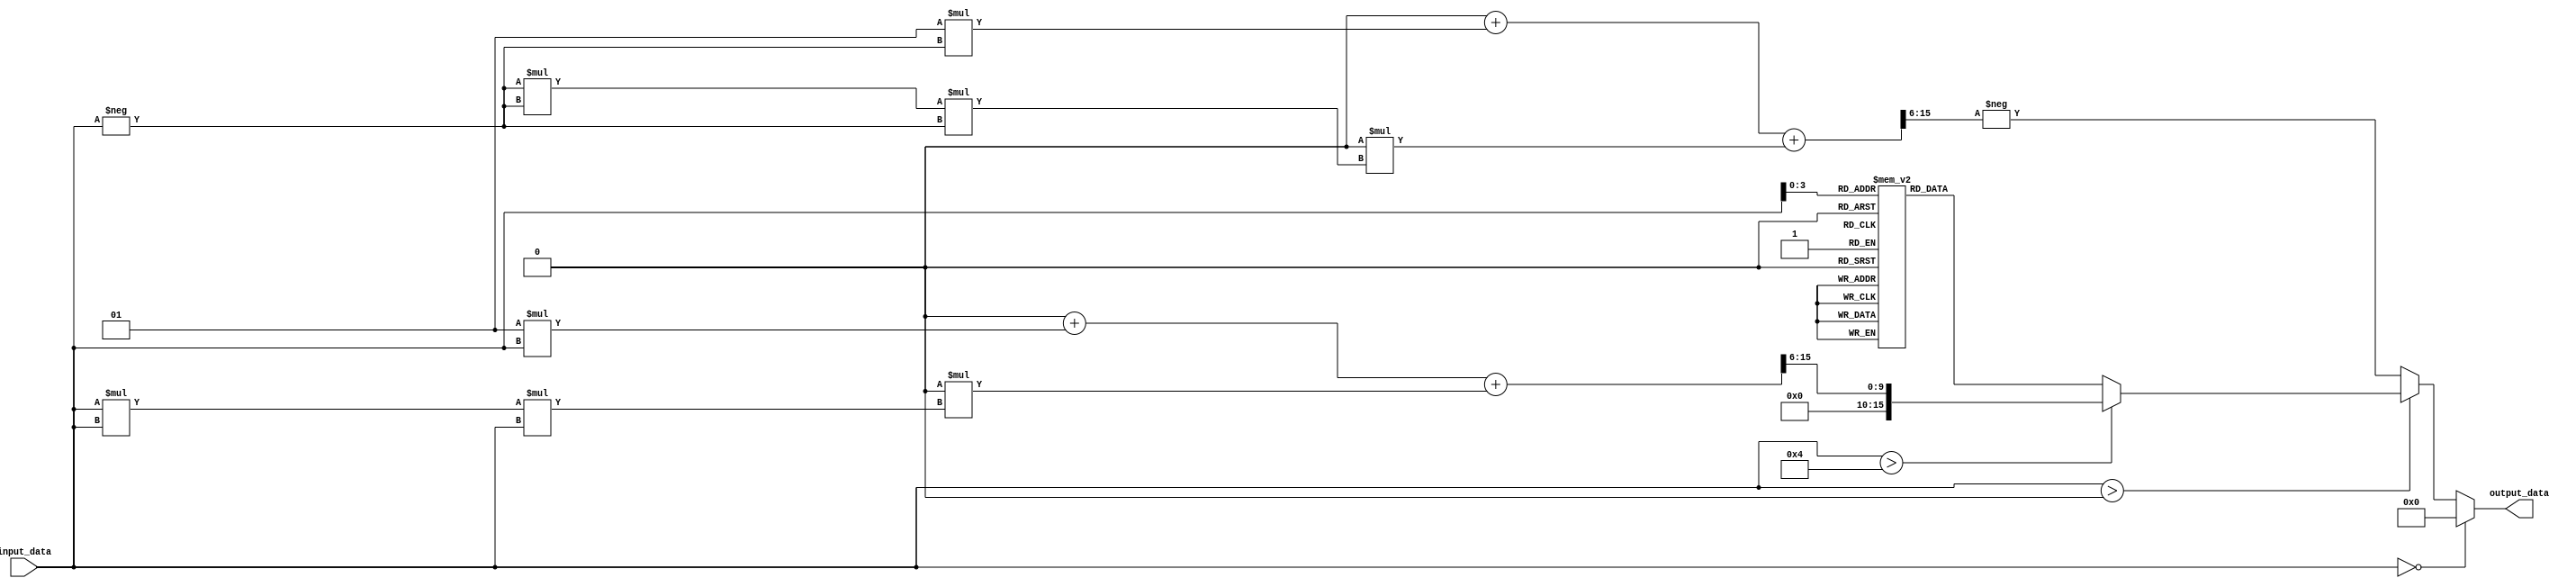
module asinh (
    input wire signed [15:0] input_data, // 16-bit signed fixed-point input
    output reg signed [15:0] output_data // 16-bit signed fixed-point output
);
    // Lookup table for asinh values (example values)
    reg signed [15:0] lut [0:15]; // LUT for values from 0 to 1.0
    initial begin
        lut[0]  = 0;       // asinh(0)
        lut[1]  = 0.881;   // asinh(0.5)
        lut[2]  = 1.149;   // asinh(0.75)
        lut[3]  = 1.316;   // asinh(0.9)
        lut[4]  = 1.481;   // asinh(1.0)
        // Fill in more LUT values as needed
    end

    // Polynomial coefficients for approximation (example)
    parameter signed [15:0] A0 = 0; // Coefficient for x^0
    parameter signed [15:0] A1 = 1; // Coefficient for x^1
    parameter signed [15:0] A2 = 0; // Coefficient for x^2
    // Add more coefficients as needed

    // Function to compute polynomial approximation
    function signed [15:0] poly_asinh(input signed [15:0] x);
        begin
            // Example polynomial: asinh(x)  x + (x^3)/6 + (x^5)/120
            poly_asinh = A0 + A1 * x + (A2 * (x * x * x)) >> 6; // Adjust shift based on fixed-point
        end
    endfunction

    // Main logic
    always @(*) begin
        if (input_data == 0) begin
            output_data = 0; // asinh(0) = 0
        end else if (input_data > 0) begin
            // Normalize input for LUT access (example normalization)
            output_data = lut[input_data[3:0]]; // Example LUT access
            // If input is not in LUT range, use polynomial approximation
            if (input_data > 4) begin // Assuming LUT covers up to 1.0
                output_data = poly_asinh(input_data);
            end
        end else begin // input_data < 0
            output_data = -poly_asinh(-input_data); // asinh(-x) = -asinh(x)
        end
    end
endmodule